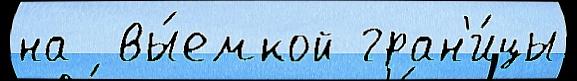
на  вы́емкой гран'и́цы